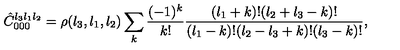
\hat { C } _ { 0 0 0 } ^ { l _ { 3 } l _ { 1 } l _ { 2 } } = \rho ( { l _ { 3 } , l _ { 1 } , l _ { 2 } } ) \sum _ { k } { \frac { ( - 1 ) ^ { k } } { k ! } } { \frac { ( l _ { 1 } + k ) ! ( l _ { 2 } + l _ { 3 } - k ) ! } { ( l _ { 1 } - k ) ! ( l _ { 2 } - l _ { 3 } + k ) ! ( l _ { 3 } - k ) ! } } ,